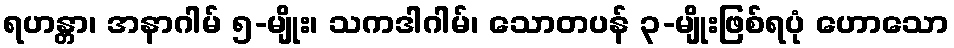
ရဟန္တာ၊ အနာဂါမ် ၅-မျိုး၊ သကဒါဂါမ်၊ သောတပန် ၃-မျိုးဖြစ်ရပုံ ဟောသော